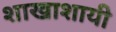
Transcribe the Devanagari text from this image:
शाखाशायी